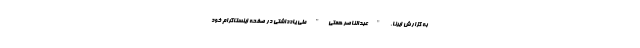
به گزارش ایرنا، "عبدالناصر همتی" طی یادداشتی در صفحه اینستاگرام خود